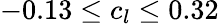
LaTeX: -0.13\leq c_{l}\leq 0.32